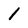
Character: 1